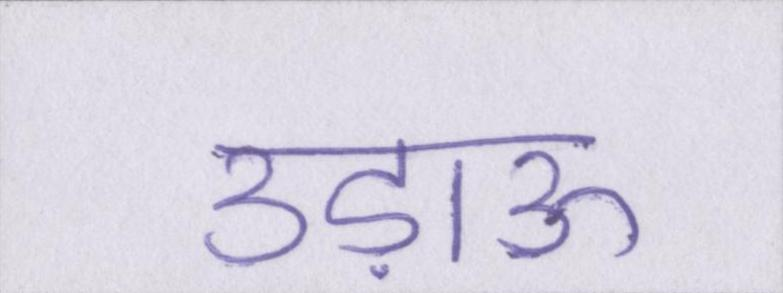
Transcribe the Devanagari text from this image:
उड़ाऊ